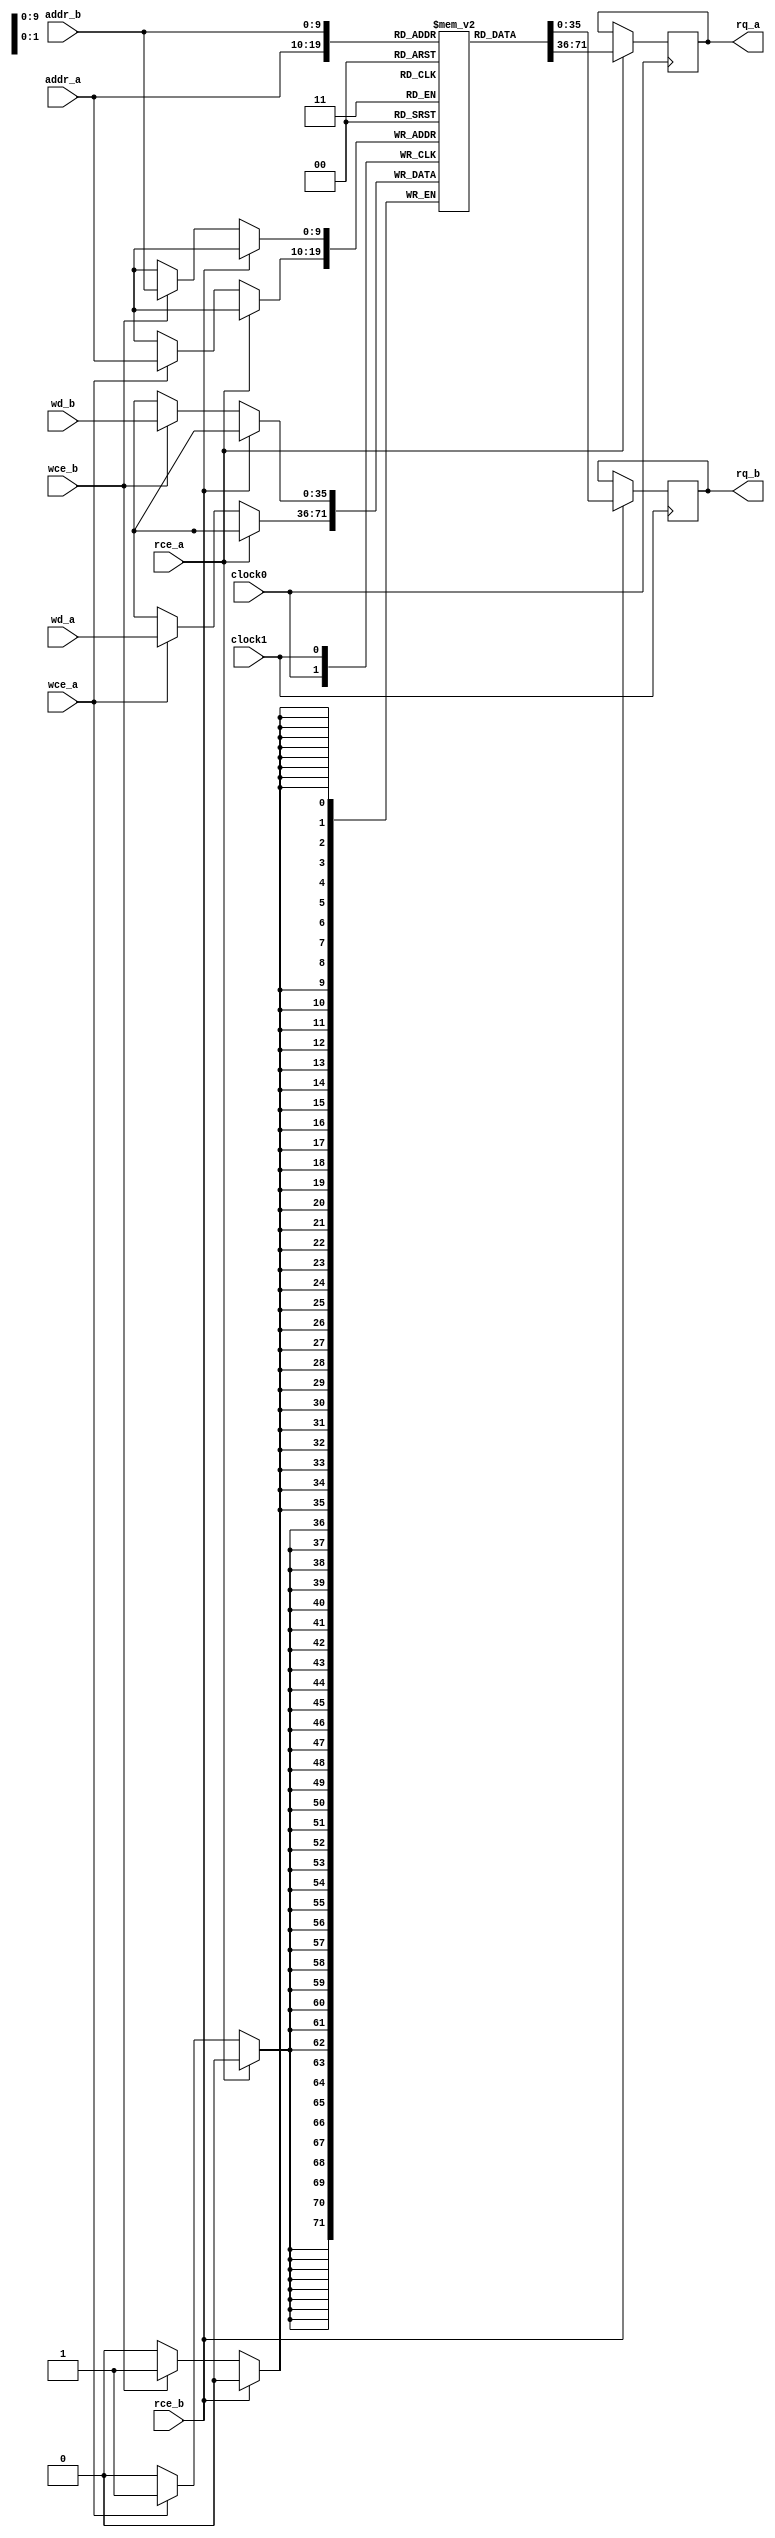
module dpram_36x1024 (
	clock1,
	rce_a,
	addr_a,
	rq_a,
	wce_a,
	wd_a,

	clock0,
	rce_b,
	addr_b,
	rq_b,
	wce_b,
	wd_b
);

parameter AWIDTH = 10;
parameter DWIDTH = 36;

input					clock0;
input                   rce_a;
input      [AWIDTH-1:0] addr_a;
output reg [DWIDTH-1:0] rq_a;
input                   wce_a;
input      [DWIDTH-1:0] wd_a;

input					clock1;
input                   rce_b;
input      [AWIDTH-1:0] addr_b;
output reg [DWIDTH-1:0] rq_b;
input                   wce_b;
input      [DWIDTH-1:0] wd_b;

reg        [DWIDTH-1:0] memory[0:(2**AWIDTH)-1];

always @(posedge clock0) 
begin
	if (rce_a)
		rq_a <= memory[addr_a];

	else if (wce_a)
		memory[addr_a] <= wd_a;
end

always @(posedge clock1) 
begin
	if (rce_b)
		rq_b <= memory[addr_b];

	else if (wce_b)
		memory[addr_b] <= wd_b;
end

integer i;
initial
begin
	for(i = 0; i < ((2**AWIDTH)-1); i = i + 1)
		memory[i] = 0;
end

endmodule